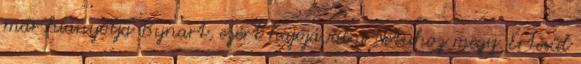
már hiányolja Bynart, ezért hajójával a Netuhoz megy. Értesül